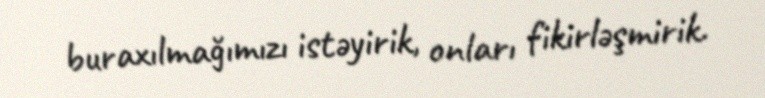
buraxılmağımızı istəyirik, onları fikirləşmirik.